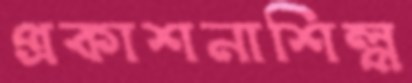
প্রকাশনাশিল্প